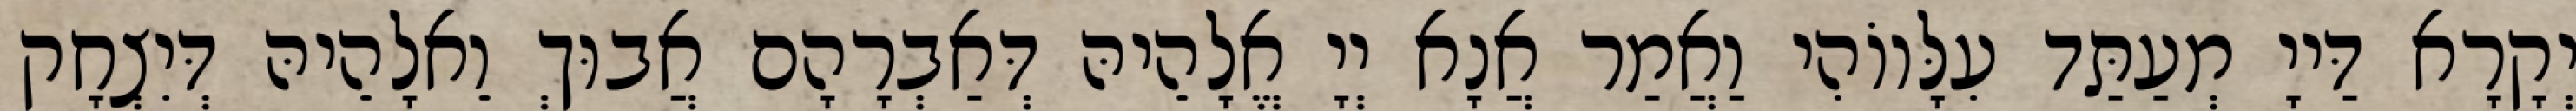
יְקָרָא דַּייָ מְעַתַּד עִלָּווֹהִי וַאֲמַר אֲנָא יְיָ אֱלָהֵיהּ דְּאַבְרָהָם אֲבוּךְ וֵאלָהֵיהּ דְּיִצְחָק